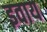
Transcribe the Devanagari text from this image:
इवाय